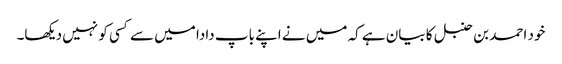
خود احمد بن حنبل کا بیان ہے کہ میں نے اپنے باپ دادا میں سے کسی کو نہیں دیکھا۔